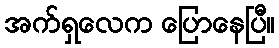
အက်ရှလေက ပြောနေပြီ။